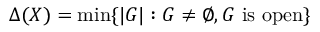
\Delta ( X ) = \operatorname* { m i n } \{ | G | : G \neq \emptyset , G { \mathrm { ~ i s ~ o p e n } } \}